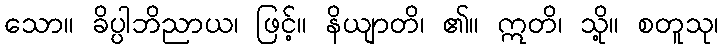
သော။ ခိပ္ပါဘိညာယ၊ ဖြင့်။ နိယျာတိ၊ ၏။ ဣတိ၊ သို့။ စတူသု၊